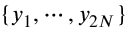
\{ y _ { 1 } , \cdots , y _ { 2 N } \}